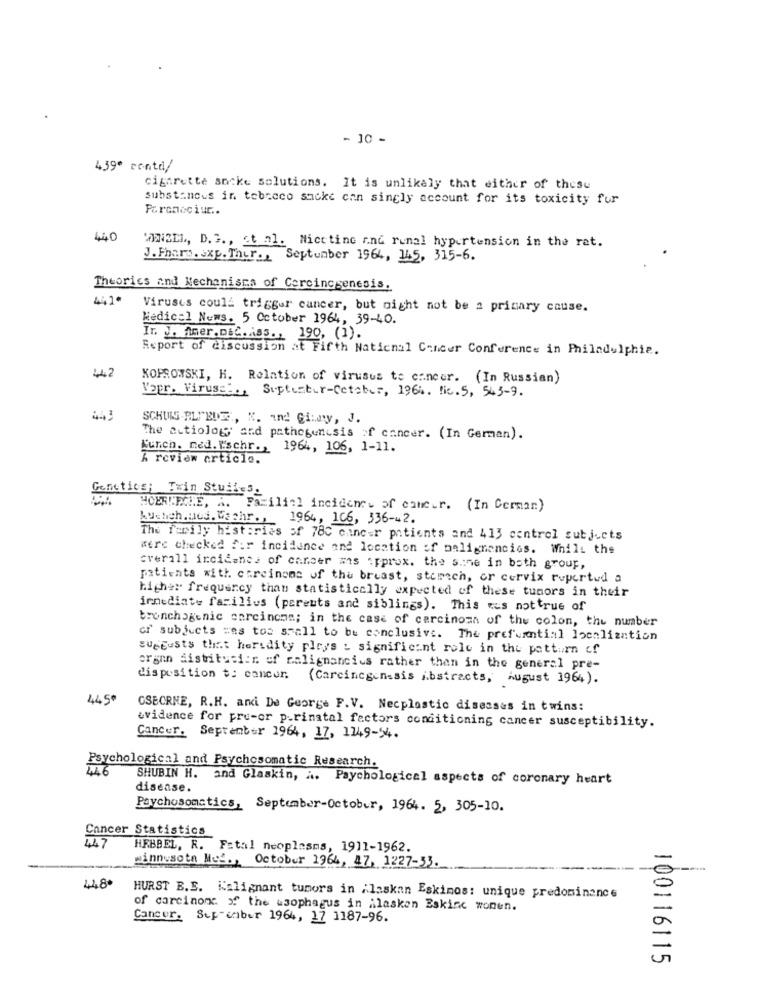
- 10 -
439º conta/
cigarette sncke solutions. It is unlikely that either of these
substances in tebreco sacke can singly account for its toxicity fur
Paronociur ..
440
WENZEL, D. S ., Et al. Nicetine and runal hypertension in the rat.
J. Fharn. exp. Thur ., Septunber 1964, 145, 315-6.
Theories and Mechanisms of Carcinogenesis.
441.
Viruses could trigger cancer, but night not be a primary couse.
Medical Nums. 5 October 1964, 39-40.
In. J. Amer.DEC.iss ., 190, (1).
Report of discussion at Fifth National Cancer Conference in Philadelphia.
KOPRONSKI, H. Relation of virusus to cancer. (In Russian)
Vapr. Viruset ., Suptester-Cetaber, 1964. lic. 5, 543-9.
SCHULS -BLIRDE, K. Ind! GiLay, J.
The actiology and pathogenesis of cancer. (In German).
Kunch. med. "schr ., 1964, 106, 1-11.
A review article.
Genetics; Twin Studies,
HOERLECHE, A. Familial incidence of cancer. (In Cerman)
Auchich Med. Wahr.
1964, 106, 336-42.
The family histories of 78C cancer patients and 413 control subjects
were checked for incidence and location of malignancies. While the
overall incidence of cancer ans approx. the same in both group,
patients with careinone of the breast, storech, or cervix rupertud a
higher frequency than statistically expected of these tumors in their
immediate facilius (parents and siblings). This was nottrue of
bronchogenic enreinome; in the case of carcinoma of the colon, the number
cr subjects =es tos small to be conclusive. The prefumntial localization
guegusts that heredity ploy's L significant role in the pattern of
organ Sistitutiin of malignancies rather than in the general pre-
disposition $: cancer. (Carcinogenesis Abstracts, August 1964).
445'
OSBORNE, R.H. arki De George F.V. Necplastic diseases in twins:
evidence for pre-or p.rinatal factors conditioning cancer susceptibility.
Cancer. September 1964, 17, 1149-4.
Psychological and Psychosomatic Research.
SHUBIN H. and Glaskin, a. Psychological aspects of coronary heart
disease.
Psychosomstics, September-October, 1964. 5, 305-10.
Cancer Statistics
447
HEBBEL, R. Fatal neoplasms, 1911-1962.
minnesota Mes ., October 1964, 47, 1227-33.
448+
HURST B.E. Kalignant tumors in ilaskan Eskimos: unique predominance
of carcinoma of the usophagus in ilasken Eskine wonen.
Cancer. Sep-ember 1964, 17 1187-96.
100116115